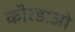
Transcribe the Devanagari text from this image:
कौरडाओ